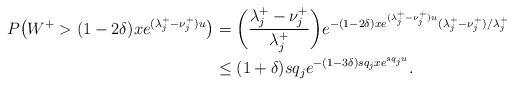
LaTeX: \begin{align*}P \big( W^+ > (1 - 2 \delta) x e^{(\lambda_j^+ - \nu_j^+)u} \big) &= \bigg( \frac{\lambda_j^+ - \nu_j^+}{\lambda_j^+} \bigg) e^{-(1 - 2 \delta) x e^{(\lambda_j^+ - \nu_j^+)u} (\lambda_j^+ - \nu_j^+)/\lambda_j^+} \\&\leq (1 + \delta) sq_j e^{-(1 - 3 \delta) sq_j x e^{sq_j u}}.\end{align*}